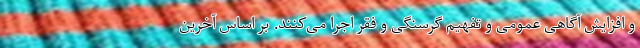
و افزایش آگاهی عمومی و تفهیم گرسنگی و فقر اجرا می‌کنند. بر اساس آخرین